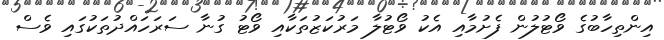
އިންތިހާބުގެ ވޯޓުލުން ފެށުމާއި އެކު ވޯޓުލާ މަރުކަޒުތަކާއި ވޯޓު ގުނާ ސަރަހައްދުތަކުގައި ވެސް